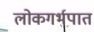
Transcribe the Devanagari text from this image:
लोकगर्भपात